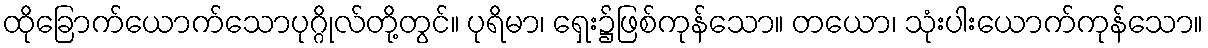
ထိုခြောက်ယောက်သောပုဂ္ဂိုလ်တို့တွင်။ ပုရိမာ၊ ရှေး၌ဖြစ်ကုန်သော။ တယော၊ သုံးပါးယောက်ကုန်သော။